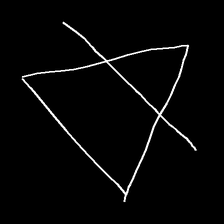
Glyph: empower